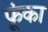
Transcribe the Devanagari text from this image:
फूंका